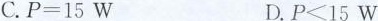
C.$$P = 1 5 W$$ D.$$P < 1 5 W$$